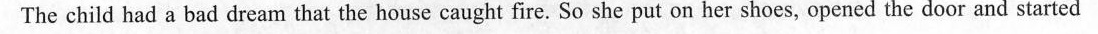
The child had a bad dream that the house caught fire. So she put on her shoes, opened the door and started